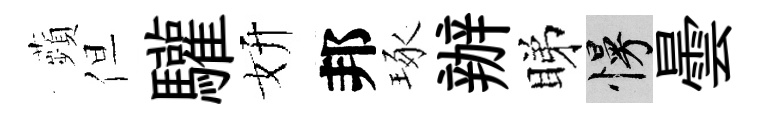
蘋但驩妍邦琢辦睇慢曇